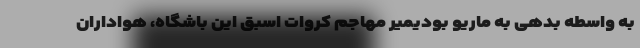
به واسطه بدهی به ماریو بودیمیر مهاجم کروات اسبق این باشگاه، هواداران